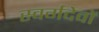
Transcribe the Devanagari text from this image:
स्वर्गदेवों